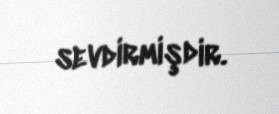
sevdirmişdir.